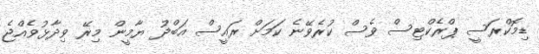
ޑިމޮކްރަސީ ޕްރެކްޓިސް ވެސް ކުރެވޭނެ ކަމަށް ރައީސް އަބްދު ޔާމީން މިރޭ ވިދާޅުވެއްޖެ